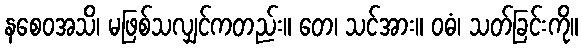
နစေဝအသိ၊ မဖြစ်သလျှင်ကတည်း။ တေ၊ သင်အား။ ဝဓံ၊ သတ်ခြင်းကို။